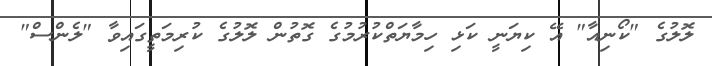
ލޮލުގެ "ކޯނިއާ" އޭ ކިޔަނީ ކަޅި ހިމާޔަތްކުރުމުގެ ގޮތުން ލޮލުގެ ކުރިމަތީގައިވާ "ލެންސް"